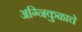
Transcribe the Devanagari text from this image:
अग्निकुळाचे